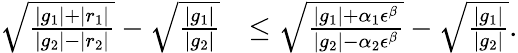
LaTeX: \begin{array}{rl}{\sqrt{\frac{|g_{1}|+|r_{1}|}{|g_{2}|-|r_{2}|}}-\sqrt{\frac{|g_{1}|}{|g_{2}|}}}&{\leq\sqrt{\frac{|g_{1}|+\alpha_{1}\epsilon^{\beta}}{|g_{2}|-\alpha_{2}\epsilon^{\beta}}}-\sqrt{\frac{|g_{1}|}{|g_{2}|}}.}\end{array}